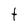
Character: t